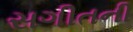
સગીતની